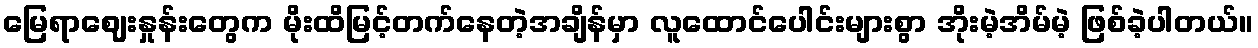
မြေရာဈေးနှုန်းတွေက မိုးထိမြင့်တက်နေတဲ့အချိန်မှာ လူထောင်ပေါင်းများစွာ အိုးမဲ့အိမ်မဲ့ ဖြစ်ခဲ့ပါတယ်။